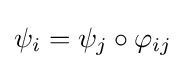
\psi _{i}=\psi _{j}\circ \varphi _{ij}